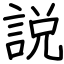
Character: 説